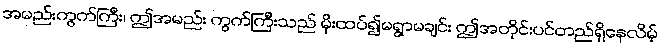
အမည်းကွက်ကြီး၊ ဤအမည်း ကွက်ကြီးသည် မိုးထပ်၍မရွာမချင်း ဤအတိုင်းပင်တည်ရှိနေလိမ့်